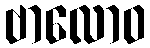
ဗာလောဝ